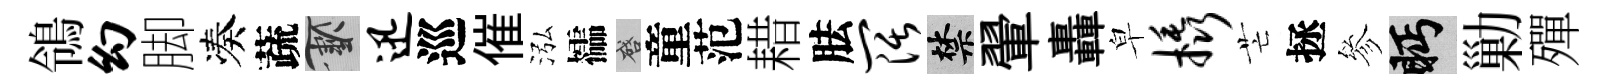
鴒幻脚凑蔬草迅巡催泓櫺啓童范耤胠阔禁翬轟皁橇芒拯參眄勦殫